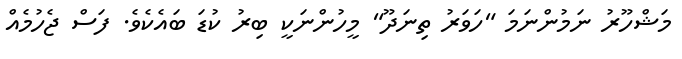
މަޝްހޫރު ނަމުންނަމަ "ހަވަރު ތިނަދޫ" މީހުންނަކީ ބިރު ކުޑަ ބައެކެވެ. ފަސް ޖެހުމެއް